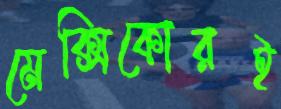
মেক্সিকোরই